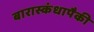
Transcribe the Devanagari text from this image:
बारास्कंधापैकी